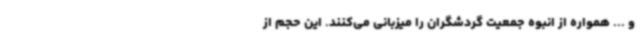
و ... همواره از انبوه جمعیت گردشگران را میزبانی می‌کنند. این حجم از